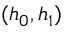
( h _ { 0 } , h _ { 1 } )